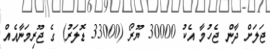
ޖަލަށް ދާން ޖެހުމާ އެކު 30000 ޔޫރޯ (33000 ޑޮލަރު) ގެ ޖޫރިމަނާއެއް